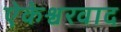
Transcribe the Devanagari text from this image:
ऐकेश्वरवाद